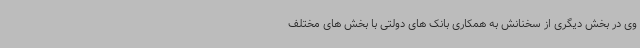
وی در بخش دیگری از سخنانش به همکاری بانک های دولتی با بخش های مختلف